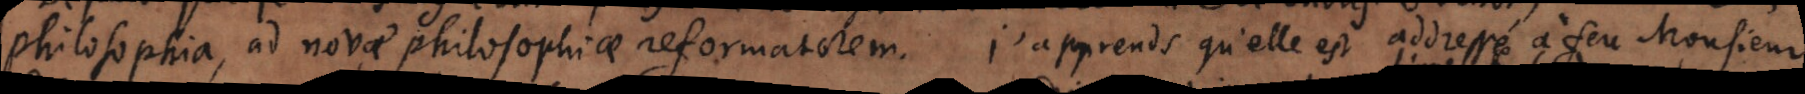
philosophia, ad novae philosophiae reformatorem. J’apprends qu’elle est addressée à feu Monsieur